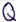
Text: Q